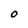
Character: O